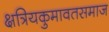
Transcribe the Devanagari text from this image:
क्षत्रियकुमावतसमाज